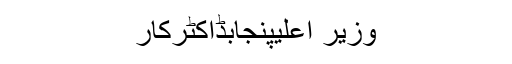
وزیر اعلیٰپنجابڈاکٹرکار